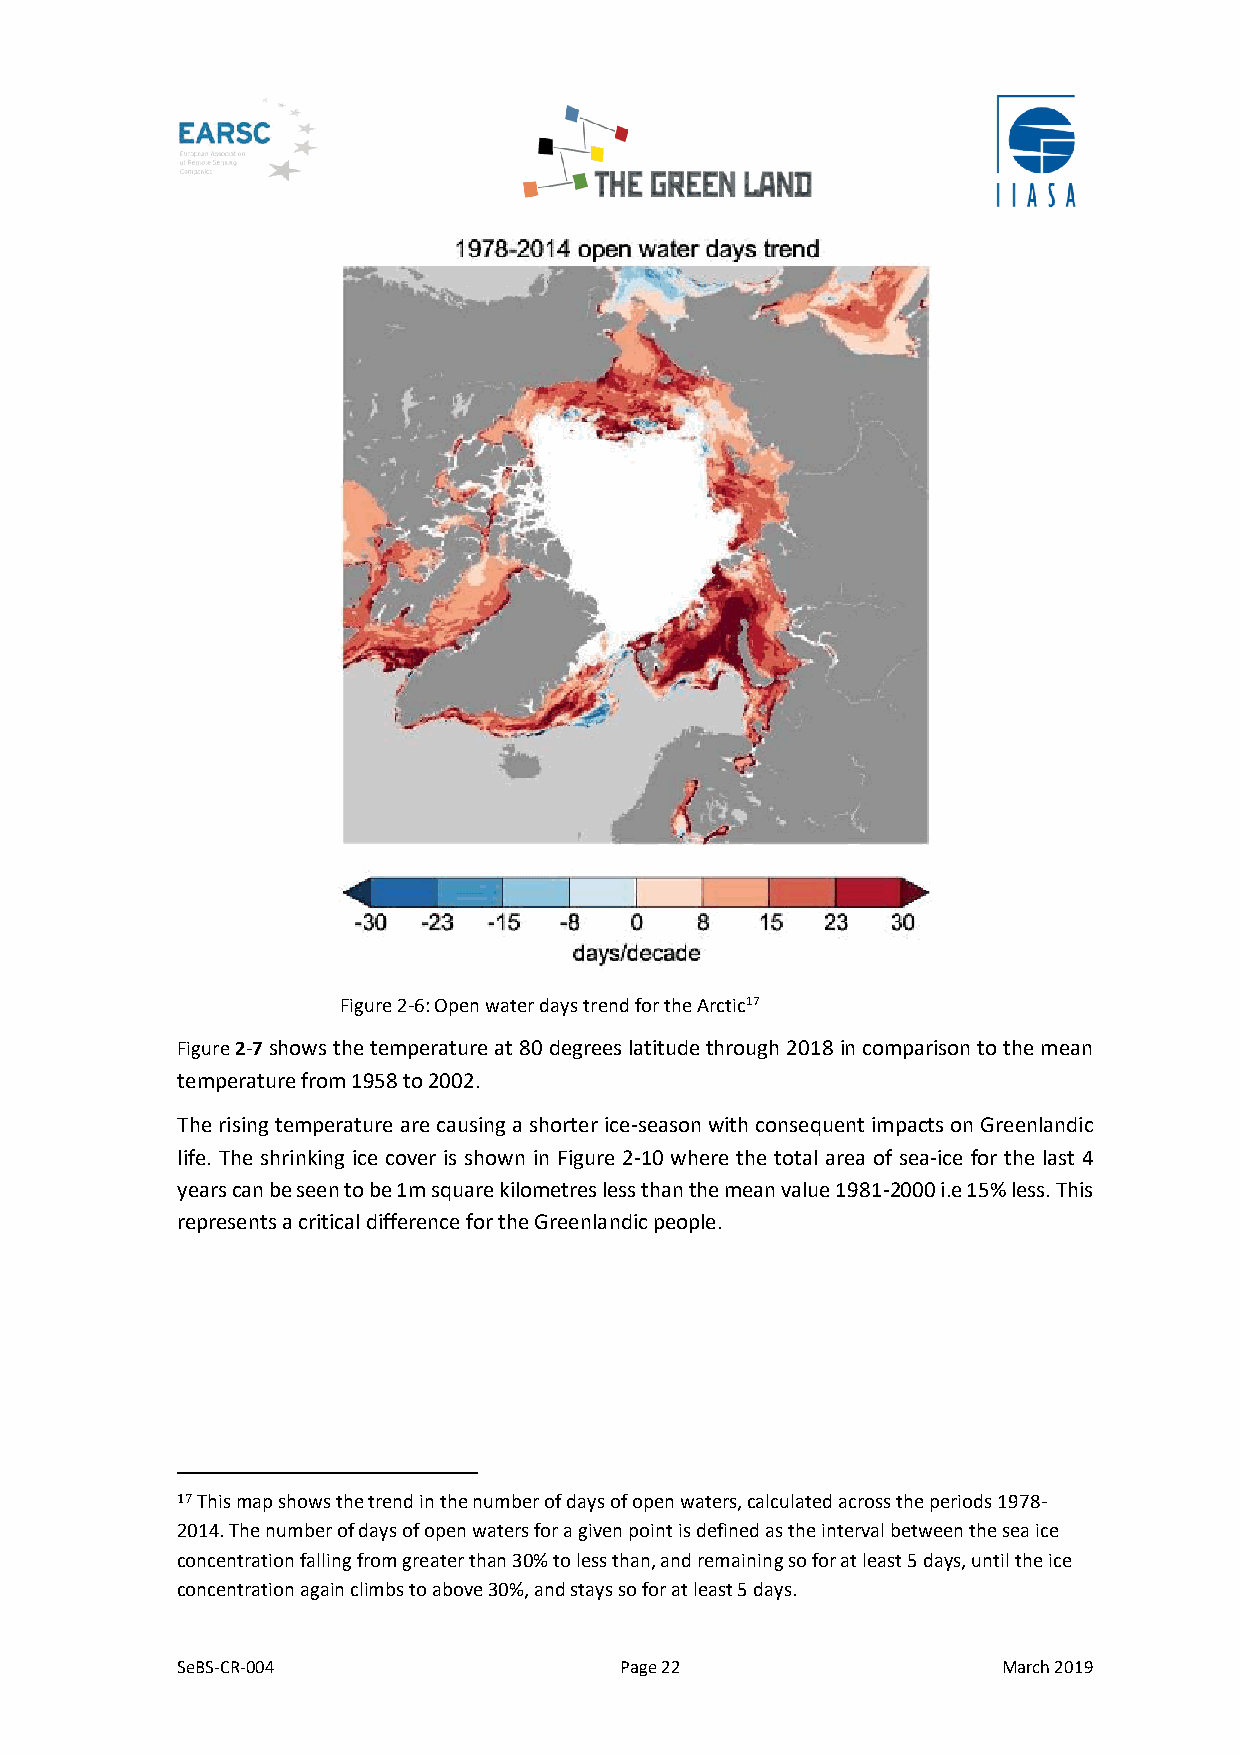
Figure 2-6: Open water days trend for the Arctic17
 Figure 2-7 shows the temperature at 80 degrees latitude through 2018 in comparison to the mean
 temperature from 1958 to 2002.
 The rising temperature are causing a shorter ice-season with consequent impacts on Greenlandic
 life. The shrinking ice cover is shown in Figure 2-10 where the total area of sea-ice for the last 4
 years can be seen to be 1m square kilometres less than the mean value 1981-2000 i.e 15% less. This
 represents a critical difference for the Greenlandic people.
 17 This map shows the trend in the number of days of open waters, calculated across the periods 1978-
 2014. The number of days of open waters for a given point is defined as the interval between the sea ice
 concentration falling from greater than 30% to less than, and remaining so for at least 5 days, until the ice
 concentration again climbs to above 30%, and stays so for at least 5 days.
 SeBS-CR-004                  Page 22                  March 2019